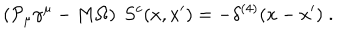
LaTeX: \left( { \cal P } _ { \mu } \gamma ^ { \mu } - M \Omega \right) \ S ^ { c } ( x , x ^ { \prime } ) = - \delta ^ { ( 4 ) } ( x - x ^ { \prime } ) \; .